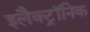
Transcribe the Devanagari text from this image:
इलैक्‍ट्रॉनिक